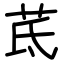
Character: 茋